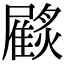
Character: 𩀲